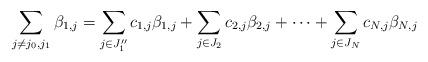
LaTeX: \begin{align*} \sum_{j \neq j_0, j_1} \beta_{1,j} = \sum_{j \in J_1''} c_{1,j}\beta_{1,j} + \sum_{j \in J_2} c_{2,j}\beta_{2,j} + \cdots + \sum_{j \in J_N} c_{N,j}\beta_{N,j}\end{align*}